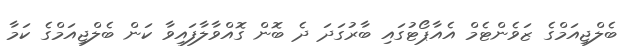
ބެލްޖިއަމްގެ ޒަވެންޓެމް އެއާޕޯޓުގައި ބާރުގަދަ ދެ ބޮން ގޮއްވާލާފައިވާ ކަން ބެލްޖިއަމްގެ ކަމާ